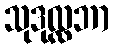
သုဒုလ္လဘာ